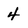
Character: 4